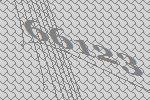
66123